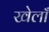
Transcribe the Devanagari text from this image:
खेलाँ